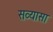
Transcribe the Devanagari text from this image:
सव्यासा